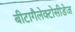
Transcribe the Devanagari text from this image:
बीटागैलेक्टोसीडेज